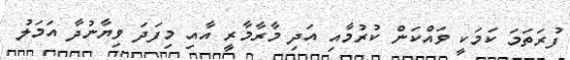
ފުރަތަމަ ކަމަކީ ވައްކަން ކުރުމާއި އަދި މާރާމާރީ އާއި މިފަދަ ވިޔާނުދާ އަމަލު